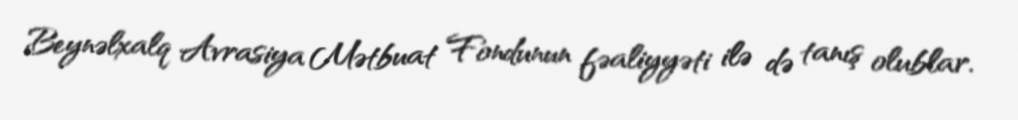
Beynəlxalq Avrasiya Mətbuat Fondunun fəaliyyəti ilə də tanış olublar.